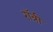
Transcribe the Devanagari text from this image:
राॅन्नी